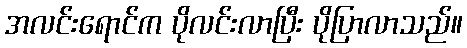
အလင်းရောင်က ပိုလင်းလာပြီး ပိုပြာလာသည်။